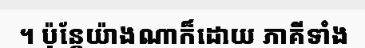
។ ប៉ុន្តែយ៉ាងណាក៏ដោយ ភាគីទាំង